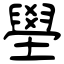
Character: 壆